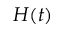
H ( t )